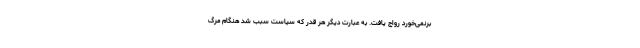
برنمی‌خورد رواج یافت. به عبارت دیگر هر قدر که سیاست سبب شد هنگام مرگ